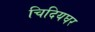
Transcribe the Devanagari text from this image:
चिदियघर